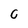
Character: C